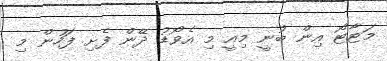
މަޓާޓޯ އިން ބުނީ މިއީ މި އެވޯޑު ދޭން ފެށި ފަހުން މި